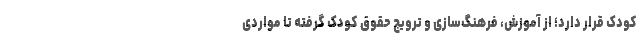
کودک قرار دارد؛ از آموزش، فرهنگ‌سازی و ترویج حقوق کودک گرفته تا مواردی